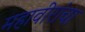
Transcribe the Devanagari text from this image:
महावीरांचा